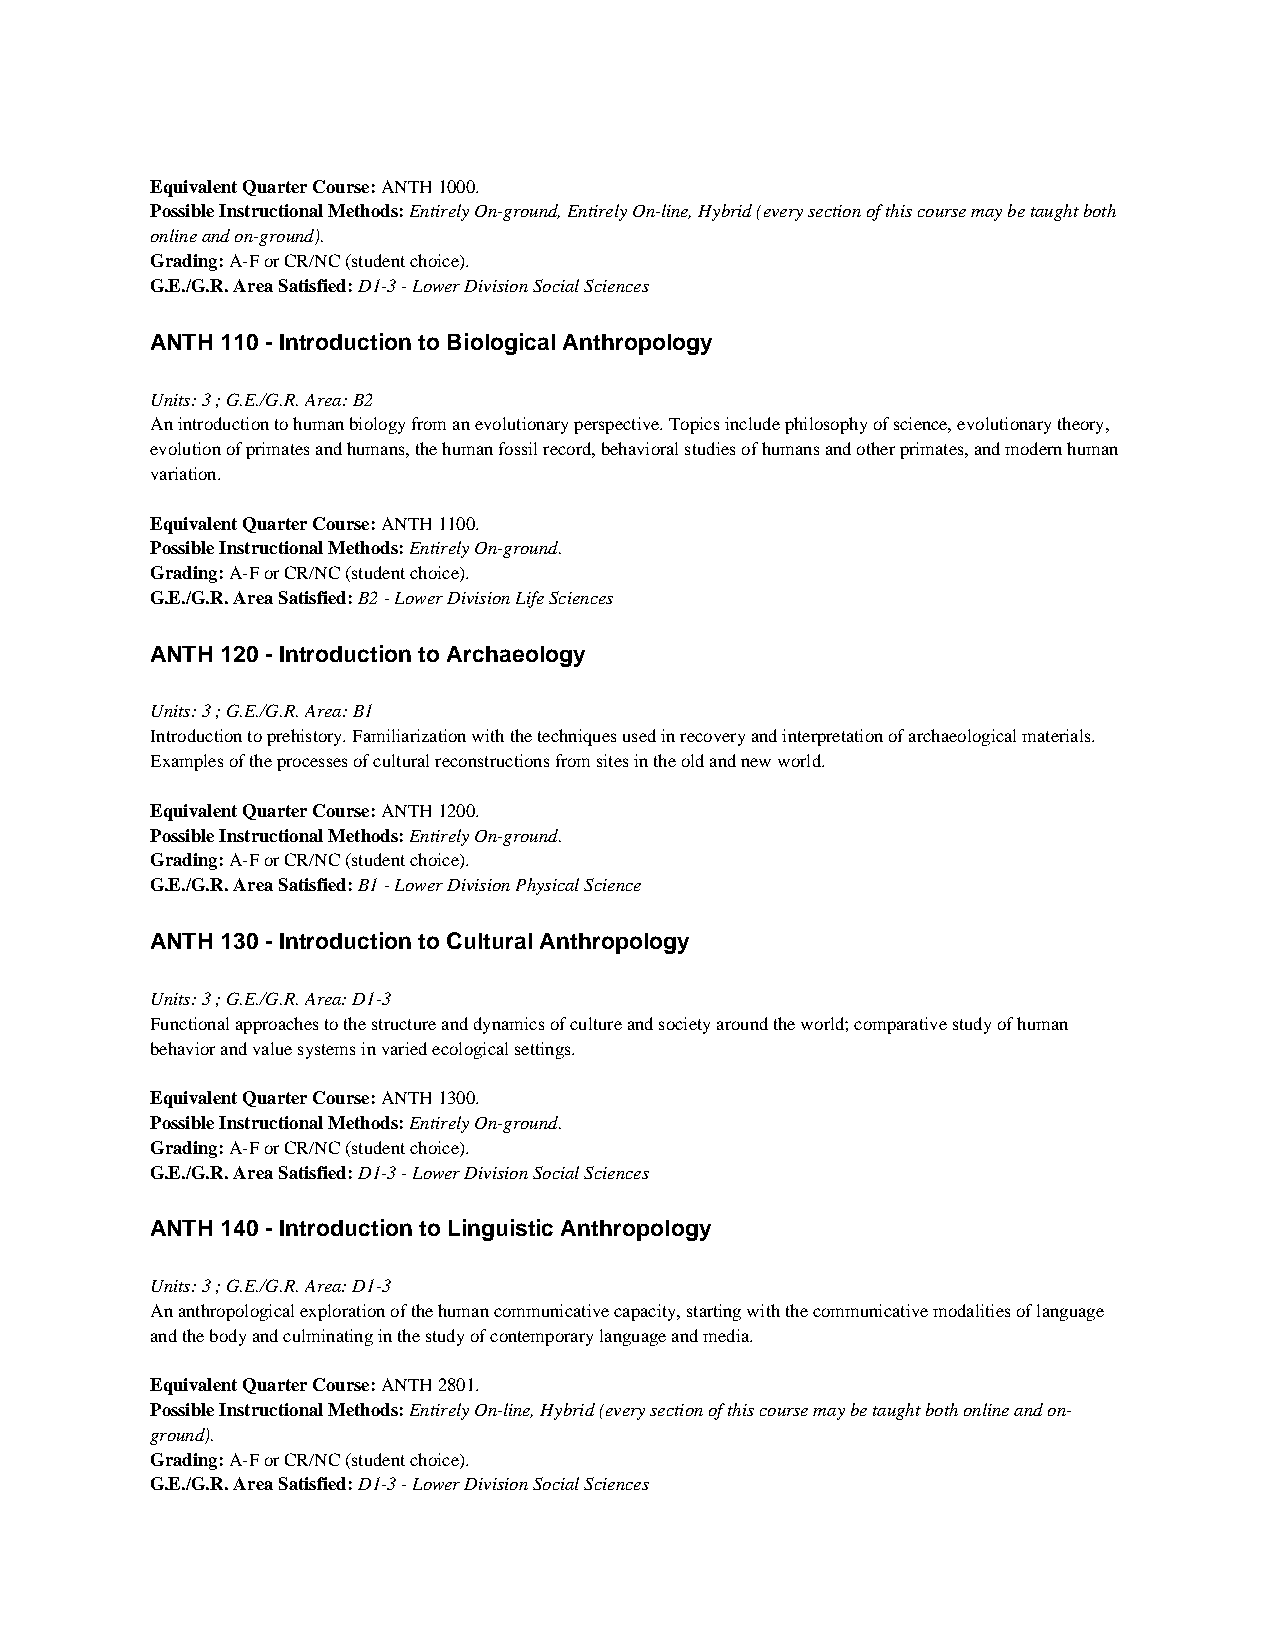
Equivalent Quarter Course: ANTH 1000.
 Possible Instructional Methods: Entirely On-ground, Entirely On-line, Hybrid (every section of this course may be taught both
 online and on-ground).
 Grading: A-F or CR/NC (student choice).
 G.E./G.R. Area Satisfied: D1-3 - Lower Division Social Sciences
 ANTH 110 - Introduction to Biological Anthropology
 Units: 3 ; G.E./G.R. Area: B2
 An introduction to human biology from an evolutionary perspective. Topics include philosophy of science, evolutionary theory,
 evolution of primates and humans, the human fossil record, behavioral studies of humans and other primates, and modern human
 variation.
 Equivalent Quarter Course: ANTH 1100.
 Possible Instructional Methods: Entirely On-ground.
 Grading: A-F or CR/NC (student choice).
 G.E./G.R. Area Satisfied: B2 - Lower Division Life Sciences
 ANTH 120 - Introduction to Archaeology
 Units: 3 ; G.E./G.R. Area: B1
 Introduction to prehistory. Familiarization with the techniques used in recovery and interpretation of archaeological materials.
 Examples of the processes of cultural reconstructions from sites in the old and new world.
 Equivalent Quarter Course: ANTH 1200.
 Possible Instructional Methods: Entirely On-ground.
 Grading: A-F or CR/NC (student choice).
 G.E./G.R. Area Satisfied: B1 - Lower Division Physical Science
 ANTH 130 - Introduction to Cultural Anthropology
 Units: 3 ; G.E./G.R. Area: D1-3
 Functional approaches to the structure and dynamics of culture and society around the world; comparative study of human
 behavior and value systems in varied ecological settings.
 Equivalent Quarter Course: ANTH 1300.
 Possible Instructional Methods: Entirely On-ground.
 Grading: A-F or CR/NC (student choice).
 G.E./G.R. Area Satisfied: D1-3 - Lower Division Social Sciences
 ANTH 140 - Introduction to Linguistic Anthropology
 Units: 3 ; G.E./G.R. Area: D1-3
 An anthropological exploration of the human communicative capacity, starting with the communicative modalities of language
 and the body and culminating in the study of contemporary language and media.
 Equivalent Quarter Course: ANTH 2801.
 Possible Instructional Methods: Entirely On-line, Hybrid (every section of this course may be taught both online and on-
 ground).
 Grading: A-F or CR/NC (student choice).
 G.E./G.R. Area Satisfied: D1-3 - Lower Division Social Sciences